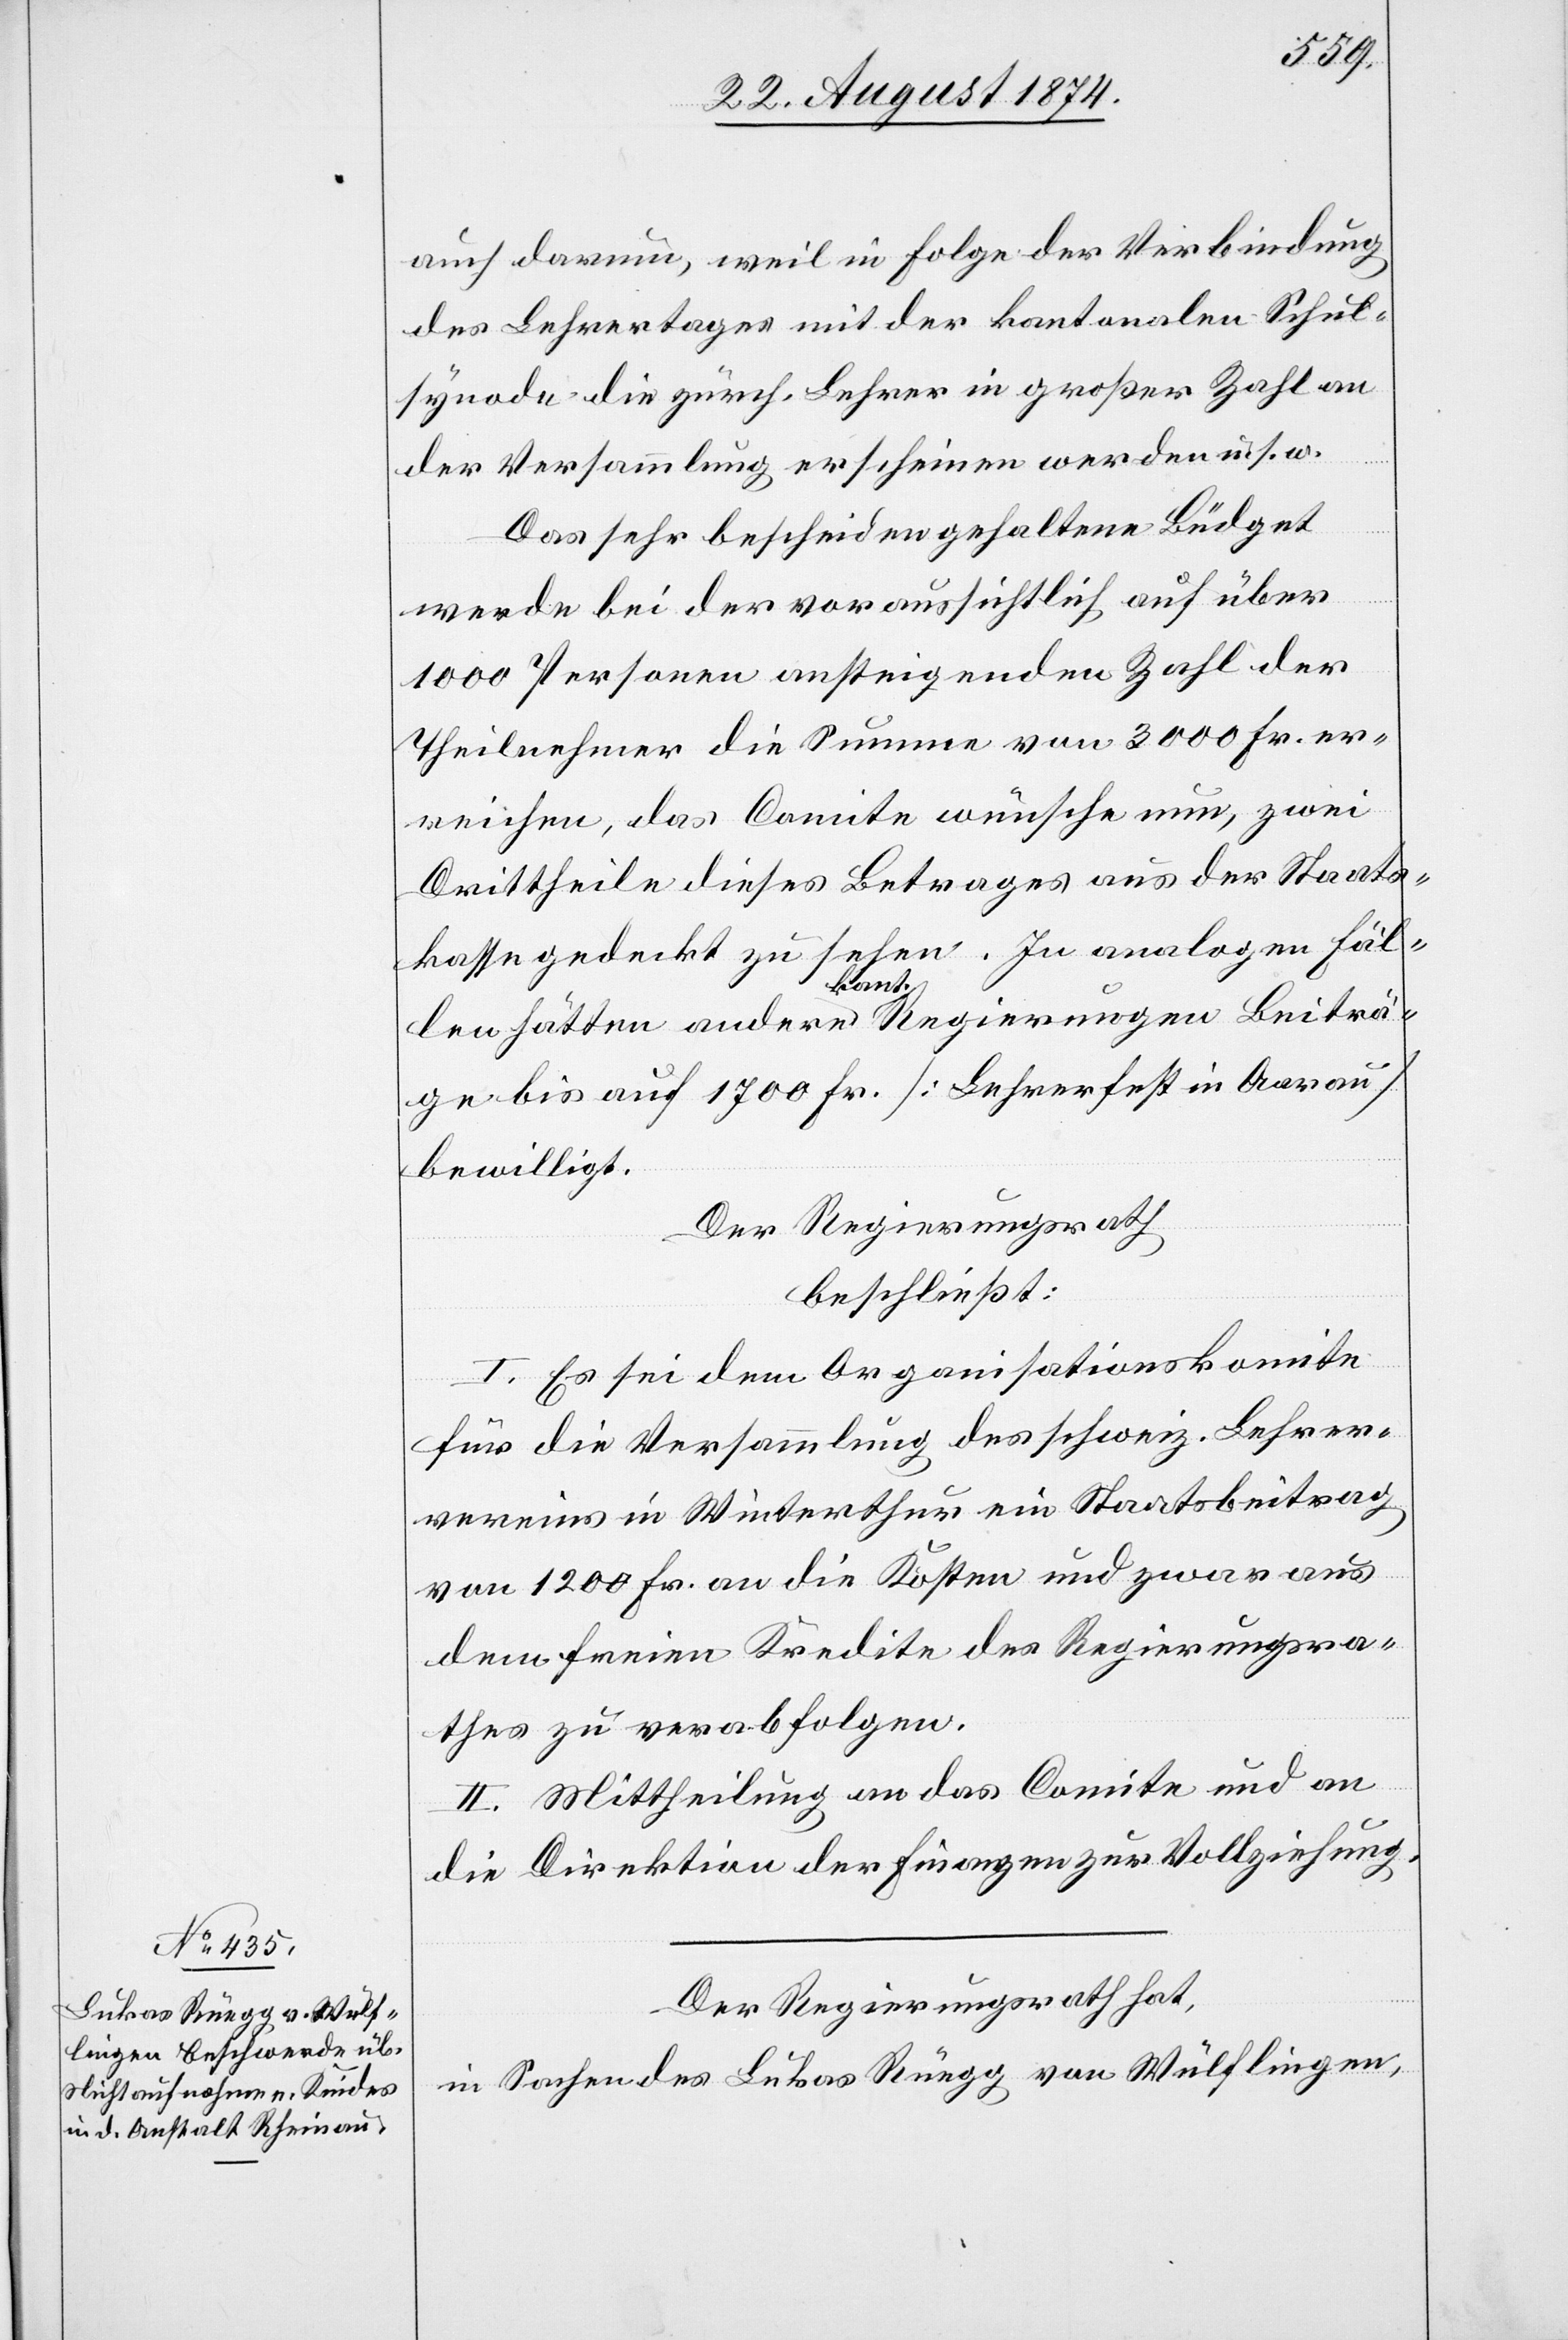
auch darum, weil in Folge der Verbindung
des Lehrertages mit der kantonalen Schul¬
synode die zürch. Lehrer in großer Zahl an
der Versammlung erscheinen werden u. s. w.
Das sehr bescheiden gehaltene Büdget
werde bei der voraussichtlich auf über
1000 Personen ansteigenden Zahl der
Theilnehmer die Summe von 3000 Fr. er¬
reichen, das Comite wünsche nun, zwei
Drittheile dieses Betrages aus der Staats¬
kasse gedeckt zu sehen. In analogen Fäl¬
len hätten andere kant. Regierungen Beiträ¬
ge bis auf 1700 Fr. [Lehrerfest in Aarau]
bewilligt.
Der Regierungsrath
beschließt:
I. Es sei dem Organisationskomite
für die Versammlung des schweiz. Lehrer¬
vereins in Winterthur ein Staatsbeitrag
von 1200 Fr. an die Kosten und zwar aus
dem freien Kredite des Regierungsra¬
thes zu verabfolgen.
II. Mittheilung an das Comite und an
die Direktion der Finanzen zur Vollziehung.
Der Regierungsrath hat,
in Sachen des Lukas Rüegg von Wülflingen,